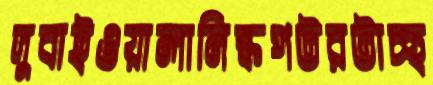
দুবাইওয়ালানিষ্কপটরটাচ্ছ